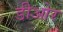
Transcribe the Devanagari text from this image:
डीओर